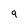
Character: 9